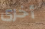
أخرى